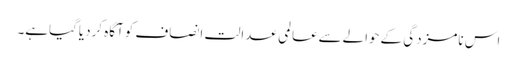
اس نامزدگی کےحوالےسےعالمی عدالت انصاف کوآگاہ کردیاگیاہے۔